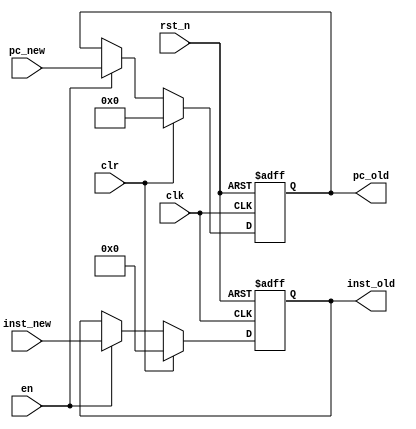
module IF_ID_Reg(	clk,
						clr,
						rst_n,
						en,
						inst_new,
						pc_new,
						inst_old,
						pc_old
						);
						
input wire clk;
input wire clr;
input wire rst_n;
input wire en;
input wire[31:0] inst_new;
input wire[63:0] pc_new;

output reg[31:0] inst_old;
output reg[63:0] pc_old;

always @(posedge clk or negedge rst_n)
begin
	if(!rst_n)
		begin
			inst_old <= 32'd0;
			pc_old <= 64'd0;
		end
	else if(clr)
				begin
					inst_old <= 32'd0;
					pc_old <= 64'd0;
				end
			else if(en)
						begin
							inst_old <= inst_new;
							pc_old <= pc_new;
						end
				  else
				  		begin
							inst_old <= inst_old;
							pc_old <= pc_old;
						end
end

endmodule